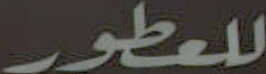
للعطور